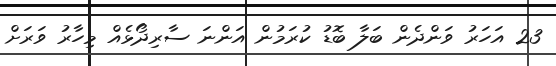
23 އަހަރު ވަންދެން ބަލާ ބޮޑު ކުރަމުން އަންނަ ސާރިދޯޅެއް މިހާރު ވަރަށް